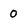
Character: 0